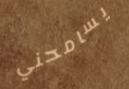
يسامحني